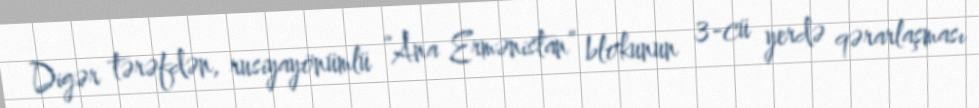
Digər tərəfdən, rusiyayönümlü “Ana Ermənistan” blokunun 3-cü yerdə qərarlaşması